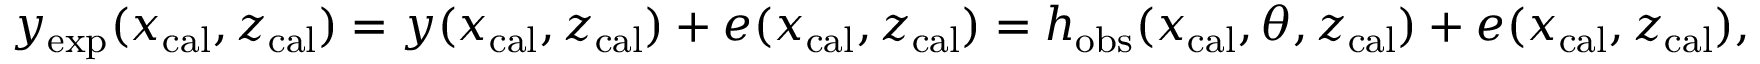
\begin{array} { r } { y _ { \mathrm { e x p } } ( x _ { \mathrm { c a l } } , z _ { \mathrm { c a l } } ) = y ( x _ { \mathrm { c a l } } , z _ { \mathrm { c a l } } ) + e ( x _ { \mathrm { c a l } } , z _ { \mathrm { c a l } } ) = h _ { \mathrm { o b s } } ( x _ { \mathrm { c a l } } , \theta , z _ { \mathrm { c a l } } ) + e ( x _ { \mathrm { c a l } } , z _ { \mathrm { c a l } } ) , } \end{array}